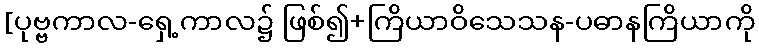
[ပုဗ္ဗကာလ-ရှေ့ကာလ၌ ဖြစ်၍+ကြိယာဝိသေသန-ပဓာနကြိယာကို